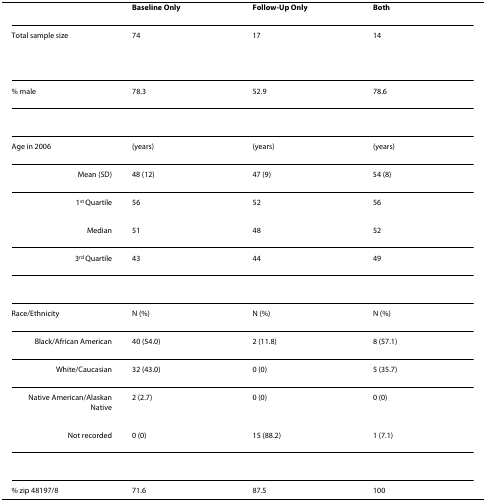
<table><thead><tr><td></td><td><b>Baseline Only</b></td><td><b>Follow-Up Only</b></td><td><b>Both</b></td></tr></thead><tbody><tr><td>Total sample size</td><td>74</td><td>17</td><td>14</td></tr><tr><td>% male</td><td>78.3</td><td>52.9</td><td>78.6</td></tr><tr><td>Age in 2006</td><td>(years)</td><td>(years)</td><td>(years)</td></tr><tr><td>Mean (SD)</td><td>48 (12)</td><td>47 (9)</td><td>54 (8)</td></tr><tr><td>1<sup>st </sup>Quartile</td><td>56</td><td>52</td><td>56</td></tr><tr><td>Median</td><td>51</td><td>48</td><td>52</td></tr><tr><td>3<sup>rd </sup>Quartile</td><td>43</td><td>44</td><td>49</td></tr><tr><td>Race/Ethnicity</td><td>N (%)</td><td>N (%)</td><td>N (%)</td></tr><tr><td>Black/African American</td><td>40 (54.0)</td><td>2 (11.8)</td><td>8 (57.1)</td></tr><tr><td>White/Caucasian</td><td>32 (43.0)</td><td>0 (0)</td><td>5 (35.7)</td></tr><tr><td>Native American/Alaskan Native</td><td>2 (2.7)</td><td>0 (0)</td><td>0 (0)</td></tr><tr><td>Not recorded</td><td>0 (0)</td><td>15 (88.2)</td><td>1 (7.1)</td></tr><tr><td>% zip 48197/8</td><td>71.6</td><td>87.5</td><td>100</td></tr></tbody></table>